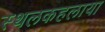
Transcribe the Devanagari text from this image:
स्थलकहलाया